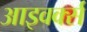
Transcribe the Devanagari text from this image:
आइवर्क्स